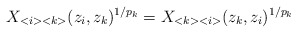
\begin{align*}X_{<i><k>}(z_{i},z_{k})^{1/p_{k}}=X_{<k><i>}(z_{k},z_{i})^{1/p_{k}}\end{align*}